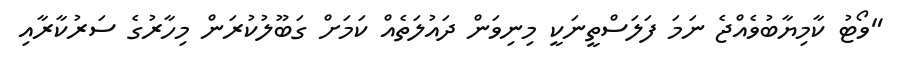
"ވޯޓު ކާމިޔާބުވެއްޖެ ނަމަ ފަލަސްތީނަކީ މިނިވަން ދައުލަތެއް ކަމަށް ގަބޫލުކުރަން މިހާރުގެ ސަރުކާރާއި